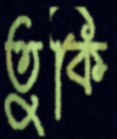
তুকি